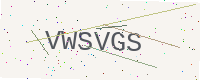
Text: VWSVGS